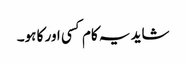
شاید یہ کام کسی اور کا ہو۔